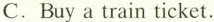
C.Buy a train ticket.